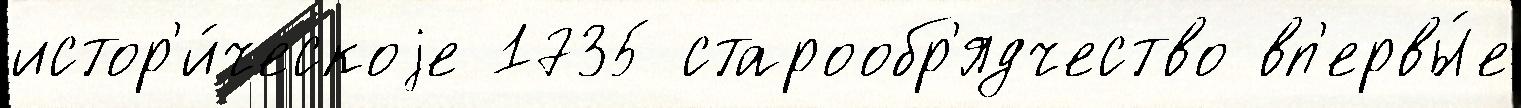
истор'и́ческоjе 1735 старообр'ядчество вп'ервы́е